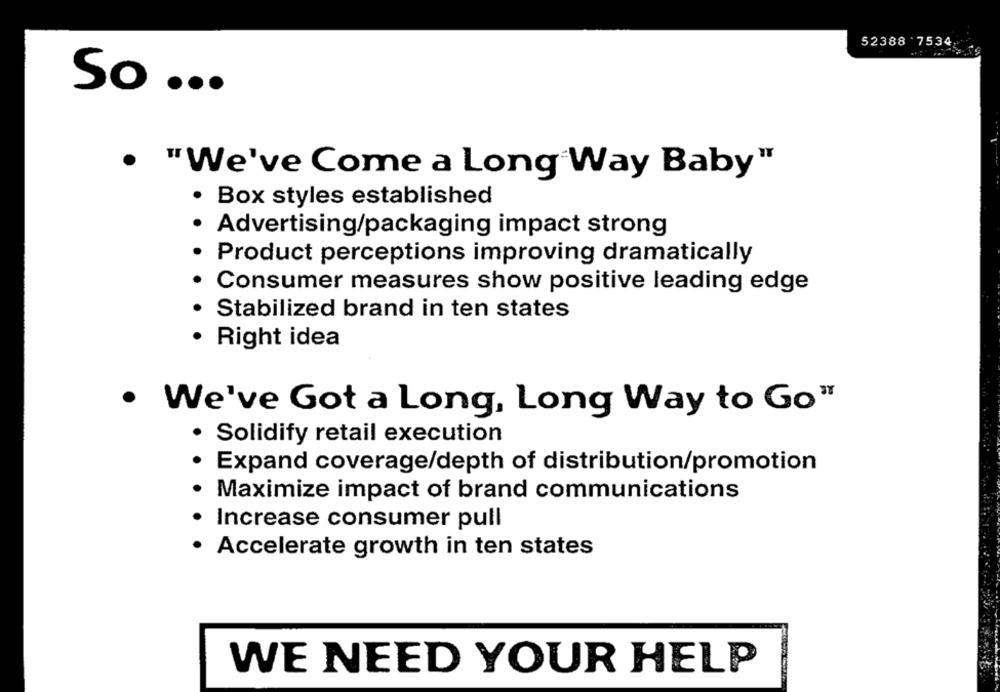
52388 '7534
So ...
. "We've Come a Long Way Baby"
· Box styles established
Advertising/packaging impact strong
Product perceptions improving dramatically
Consumer measures show positive leading edge
Stabilized brand in ten states
Right idea
.
We've Got a Long, Long Way to Go"
· Solidify retail execution
Expand coverage/depth of distribution/promotion
Maximize impact of brand communications
Increase consumer pull
.
Accelerate growth in ten states
WE NEED YOUR HELP